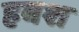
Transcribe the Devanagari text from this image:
हबश